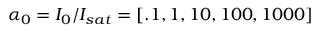
\alpha _ { 0 } = I _ { 0 } / I _ { s a t } = [ . 1 , 1 , 1 0 , 1 0 0 , 1 0 0 0 ]